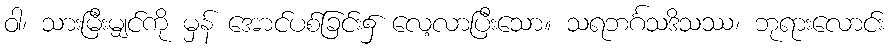
ဝါ၊ သားမြီးမျှင်ကို မှန် အောင်ပစ်ခြင်း၌ လေ့လာပြီးသော။ သရဘင်္ဂသဒိသဿ၊ ဘုရားလောင်း